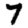
Digit: 7